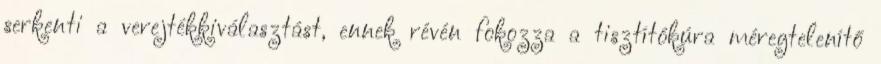
serkenti a verejtékkiválasztást, ennek révén fokozza a tisztítókúra méregtelenítő